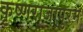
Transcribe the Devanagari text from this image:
कृष्णराजापुरम